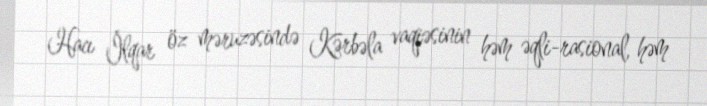
Hacı İlqar öz məruzəsində Kərbəla vaqiəsinin həm əqli-rasional, həm